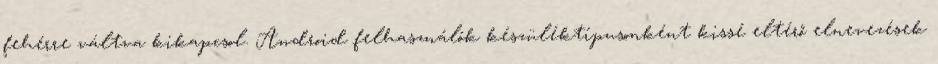
fehérre váltva kikapcsol. Android felhasználók készüléktípusonként kissé eltérő elnevezések